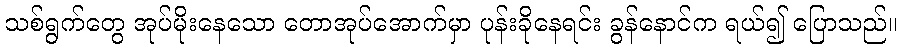
သစ်ရွက်တွေ အုပ်မိုးနေသော တောအုပ်အောက်မှာ ပုန်းခိုနေရင်း ခွန်နောင်က ရယ်၍ ပြောသည်။